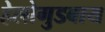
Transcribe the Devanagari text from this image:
हेलोगुडबाय